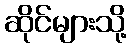
ဆိုင်များသို့